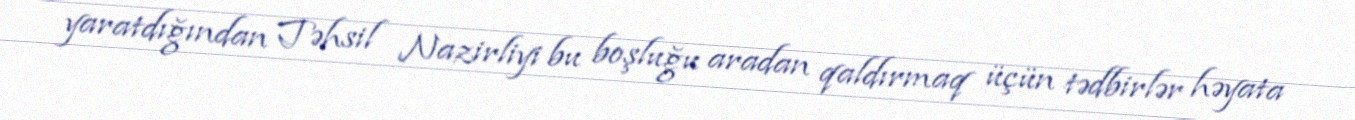
yaratdığından Təhsil Nazirliyi bu boşluğu aradan qaldırmaq üçün tədbirlər həyata